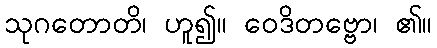
သုဂတောတိ၊ ဟူ၍။ ဝေဒိတဗ္ဗော၊ ၏။